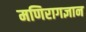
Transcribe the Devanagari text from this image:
मणिरागज्ञान